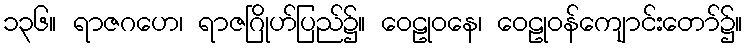
၁၃၆။ ရာဇဂဟေ၊ ရာဇဂြိုဟ်ပြည်၌။ ဝေဠုဝနေ၊ ဝေဠုဝန်ကျောင်းတော်၌။